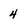
Character: 4